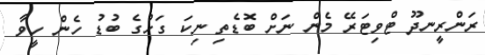
ރަންރީނދޫ ޓްވިޓަރޭ މެން ނަށް ބޮޑެތި ނިކަ ގަހުގެ ބުޑު ހެން ހީވާ